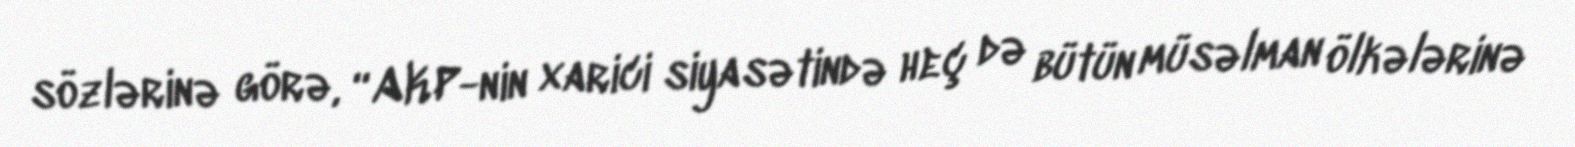
sözlərinə görə, “AKP-nin xarici siyasətində heç də bütün müsəlman ölkələrinə